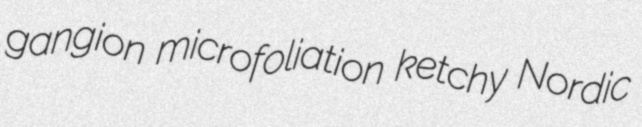
gangion microfoliation ketchy Nordic